Civil Veterinary Department. United Provinces 1923-31 - 1923-1931
Year: 1923
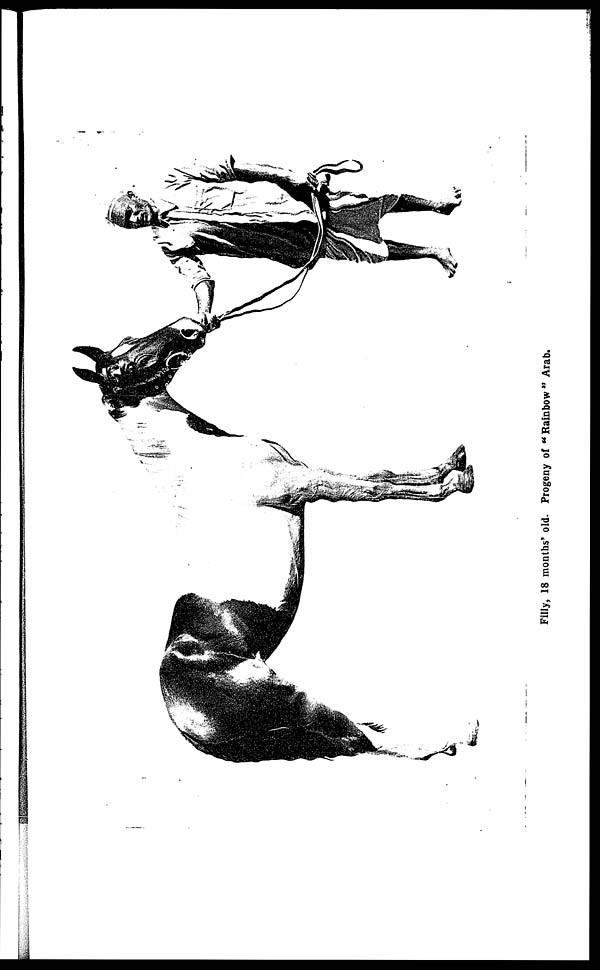
Filly, 18 months' old. Progeny of "Rainbow" Arab.